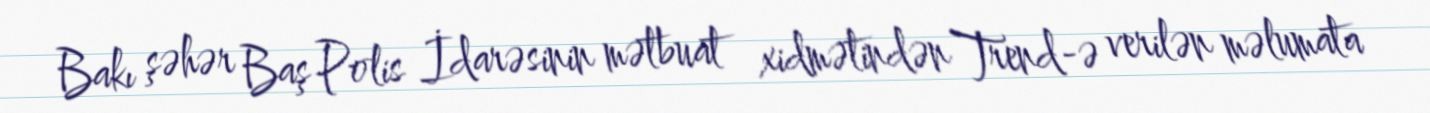
Bakı şəhər Baş Polis İdarəsinin mətbuat xidmətindən Trend-ə verilən məlumata